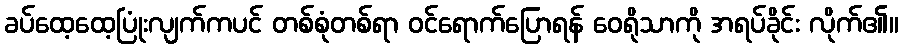
ခပ်ထေ့ထေ့ပြုံးလျက်ကပင် တစ်စုံတစ်ရာ ဝင်ရောက်ပြောရန် ဝေရိုသာကို အရပ်ခိုင်း လိုက်၏။